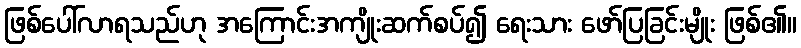
ဖြစ်ပေါ်လာရသည်ဟု အကြောင်းအကျိုးဆက်စပ်၍ ရေးသား ဖော်ပြခြင်းမျိုး ဖြစ်၏။